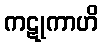
ကဋုကာဟိ